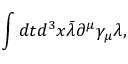
\int d t d ^ { 3 } x \bar { \lambda } \partial ^ { \mu } \gamma _ { \mu } \lambda ,